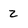
Character: z